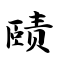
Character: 赜